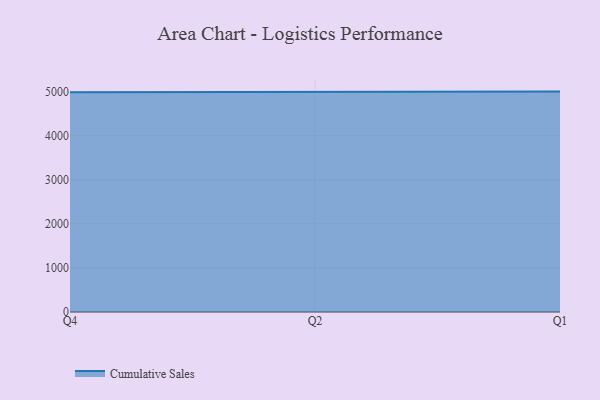
{"axis": {"x": "Quarter", "y": "Market Share (%)"}, "legend": ["Cumulative Sales"], "data": [{"x": "Q4", "y": 4983.3, "type": "Cumulative Sales"}, {"x": "Q2", "y": 5000, "type": "Cumulative Sales"}, {"x": "Q1", "y": 5000, "type": "Cumulative Sales"}]}